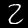
Label: 2